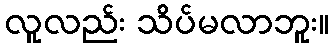
လူလည်း သိပ်မလာဘူး။